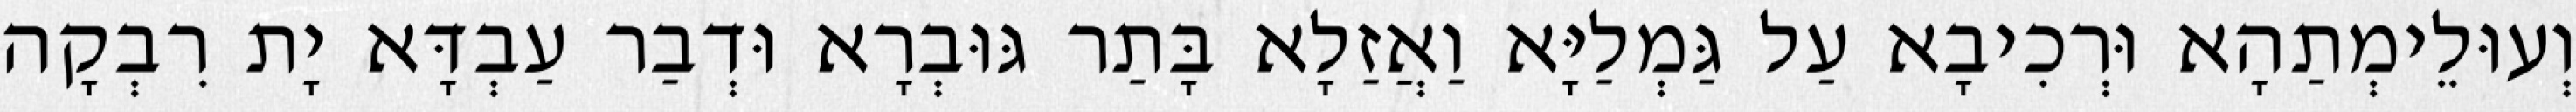
וְעוּלֵימְתַהָא וּרְכִיבָא עַל גַּמְלַיָּא וַאֲזַלָא בָּתַר גּוּבְרָא וּדְבַר עַבְדָּא יָת רִבְקָה